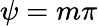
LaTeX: \psi=m\pi